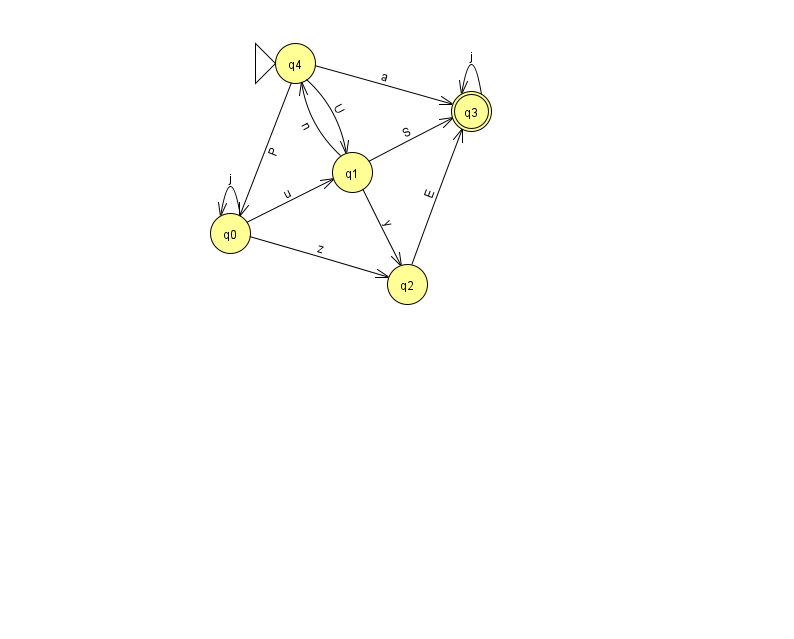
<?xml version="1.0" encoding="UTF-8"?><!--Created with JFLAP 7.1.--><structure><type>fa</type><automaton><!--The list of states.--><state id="0" name="q0"><x>230.0</x><y>220.0</y></state><state id="1" name="q1"><x>352.0</x><y>159.0</y></state><state id="2" name="q2"><x>407.0</x><y>271.0</y></state><state id="3" name="q3"><x>471.0</x><y>98.0</y><final/></state><state id="4" name="q4"><x>295.0</x><y>50.0</y><initial/></state><!--The list of transitions.--><transition><from>1</from><to>4</to><read>n</read></transition><transition><from>0</from><to>2</to><read>z</read></transition><transition><from>4</from><to>0</to><read>P</read></transition><transition><from>4</from><to>3</to><read>a</read></transition><transition><from>1</from><to>2</to><read>y</read></transition><transition><from>0</from><to>0</to><read>j</read></transition><transition><from>3</from><to>3</to><read>j</read></transition><transition><from>1</from><to>3</to><read>S</read></transition><transition><from>4</from><to>1</to><read>U</read></transition><transition><from>2</from><to>3</to><read>E</read></transition><transition><from>0</from><to>1</to><read>u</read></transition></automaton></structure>